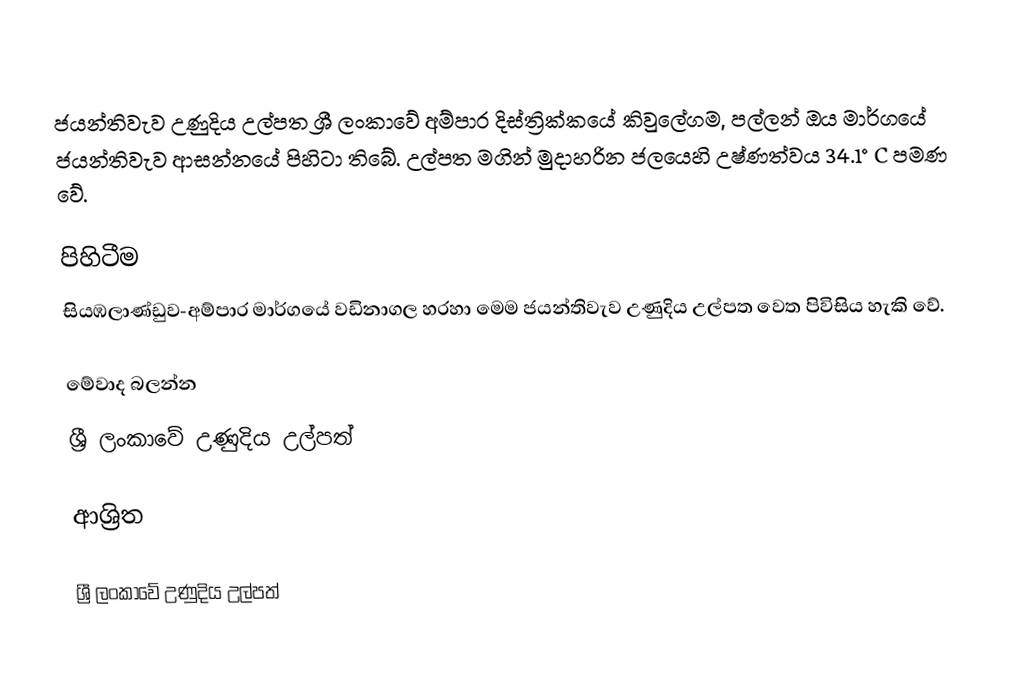
ජයන්තිවැව උණුදිය උල්පත ශ්‍රී ලංකාවේ අම්පාර දිස්ත්‍රික්කයේ කිවුලේගම, පල්ලන් ඔය මාර්ගයේ ජයන්තිවැව ආසන්නයේ පිහිටා තිබේ. උල්පත මගින් මුදාහරින ජලයෙහි උෂ්ණත්වය 34.1°C පමණ වේ.

පිහිටීම
සියඹලාණ්ඩුව-අම්පාර මාර්ගයේ වඩිනාගල හරහා මෙම ජයන්තිවැව උණුදිය උල්පත වෙත පිවිසිය හැකි වේ.

මේවාද බලන්න
 ශ්‍රී ලංකාවේ උණුදිය උල්පත්

ආශ්‍රිත

ශ්‍රී ලංකාවේ උණුදිය උල්පත්